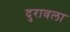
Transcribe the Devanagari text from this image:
दुरावला